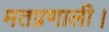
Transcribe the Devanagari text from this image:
मतप्रणाली।